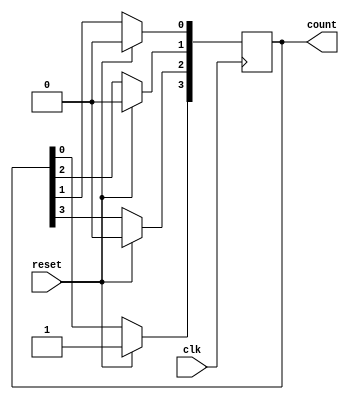
// _______________________________________________
// Ring Counter...................................
// _______________________________________________
module Ring_Counter(count,clk,reset);
  
  output reg [3:0] count;
  input clk,reset;
    
  always @(negedge clk)
    begin
      if(reset)
        count=4'b1000;
      else
        begin
          count[3]<=count[0];
          count[2]<=count[3];
          count[1]<=count[2];
          count[0]<=count[1];
        end
    end
endmodule